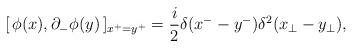
LaTeX: \begin{align*}[\,\phi(x),\partial_{-}\phi(y)\,]_{x^{+}=y^{+}} =\frac{i}{2}\delta(x^{-}-y^{-})\delta^{2}(x_{\perp}-y_{\perp}),\end{align*}